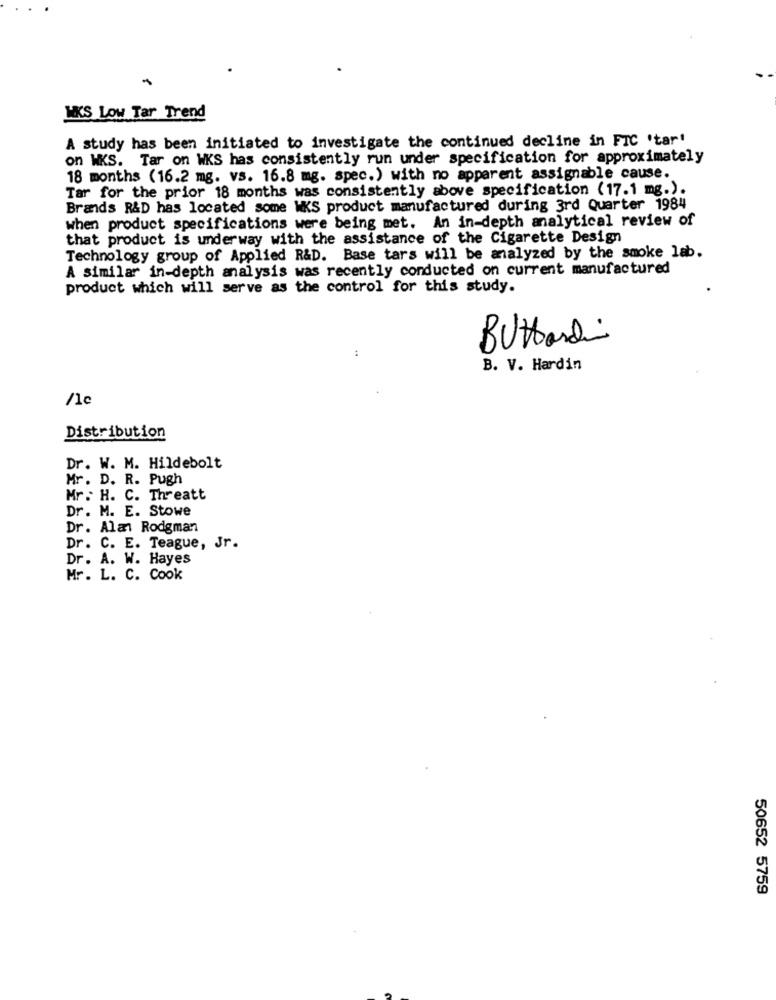
WKS Low Tar Trend
A study has been initiated to investigate the continued decline in FIC 'tar'
on WKS. Tar on WKS has consistently run under specification for approximately
18 months (16.2 mg. vs. 16.8 mg. spec.) with no apparent assignable cause.
Tar for the prior 18 months was consistently above specification (17.1 mg.).
Brands R&D has located some WKS product manufactured during 3rd Quarter 1984
when product specifications were being met. An in-depth analytical review of
that product is underway with the assistance of the Cigarette Design
Technology group of Applied R&D. Base tars will be analyzed by the smoke lab.
A similar in-depth analysis was recently conducted on current manufactured
product which will serve as the control for this study.
Buttardi
B. V. Hardin
/lc
Distribution
Dr. W. M. Hildebolt
Mr. D. R. Pugh
Mr. H. C. Threatt
Dr. M. E. Stowe
Dr. Alan Rodgman
Dr. C. E. Teague, Jr.
Dr. A. W. Hayes
Mr. L. C. Cook
50652 5759